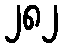
၂၈၂